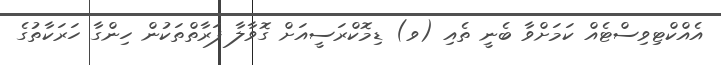
އެއްކްޓިވިސްޓެއް ކަމަށްވާ ބެނީ ތެއި (ވ) ޑިމޮކްރަސީއަށް ގޮވާލާ ފަރާތްތަކުން ހިންގާ ހަރަކާތުގެ